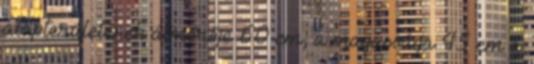
alapterületének átmérője 60 cm, a magassága 45 cm a